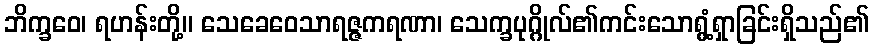
ဘိက္ခဝေ၊ ရဟန်းတို့။ သေခေဝေသာရဇ္ဇကရဏာ၊ သေက္ခပုဂ္ဂိုလ်၏ကင်းသောရွံ့ရှာခြင်းရှိသည်၏